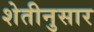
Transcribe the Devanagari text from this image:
शेतीनुसार